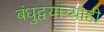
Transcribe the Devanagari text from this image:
बंधुद्वयांच्याही